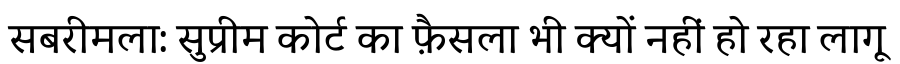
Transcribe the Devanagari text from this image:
सबरीमला: सुप्रीम कोर्ट का फ़ैसला भी क्यों नहीं हो रहा लागू